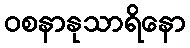
ဝစနာနုသာရိနော